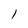
Character: 1